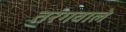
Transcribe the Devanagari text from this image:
तरंगवाले